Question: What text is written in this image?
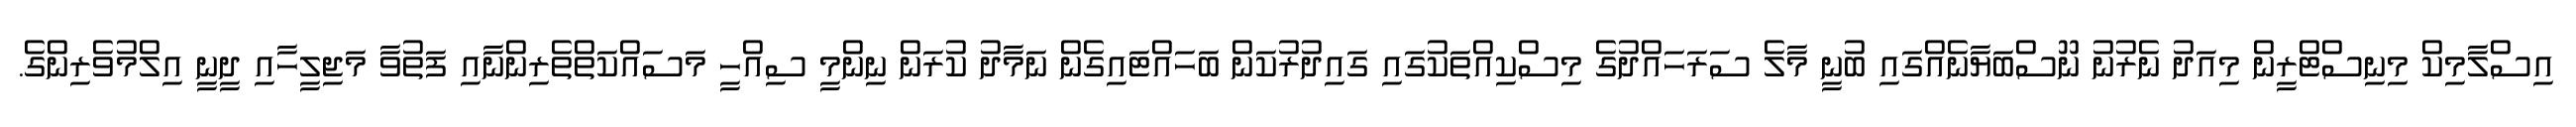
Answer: އިސްލާމިކް މިނިސްޓްރީން މިއަދު ނެރުނު ނޫސްބަޔާނެއްގައި ބުނީ މާލެ ސަރަހައްދުގެ މިސްކިއްތަކުގައި ގައިދުރުކަން ބަހައްޓައިގެން ނަމާދު ކުރަން ނިންމީ ސިއްހީ މަސައްކަތްތެރިންނާއި ފަތުވާ މަޖިލީހާއި ދީނީ އިލްމުވެރިންގެ.